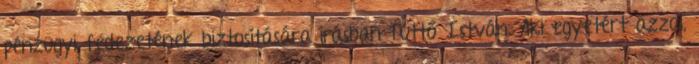
pénzügyi fedezetének biztosítására írásban Tüttő István: Aki egyetért azzal,